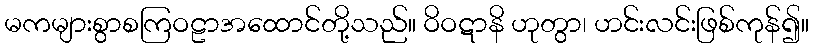
မကများစွာစကြဝဠာအထောင်တို့သည်။ ဝိဝဋာနိ ဟုတွာ၊ ဟင်းလင်းဖြစ်ကုန်၍။